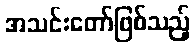
အသင်းတော်ဖြစ်သည့်